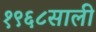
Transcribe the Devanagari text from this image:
१९६८साली